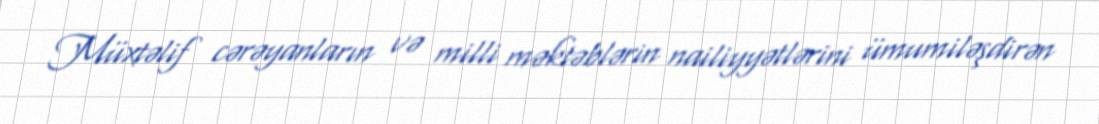
Müxtəlif cərəyanların və milli məktəblərin nailiyyətlərini ümumiləşdirən